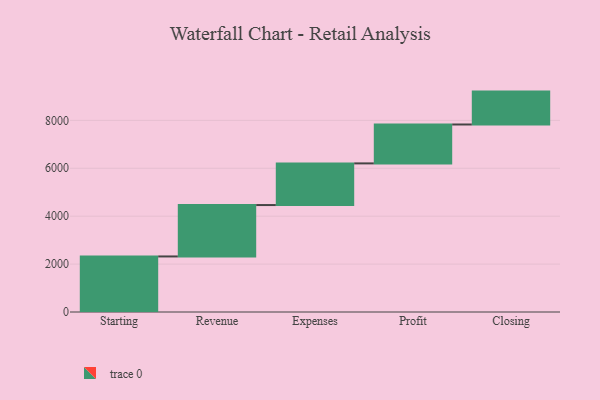
{"axis": {"x": "Step", "y": "Value"}, "legend": [""], "data": [{"x": "Starting", "y": 2319.0, "type": ""}, {"x": "Revenue", "y": 2146.0, "type": ""}, {"x": "Expenses", "y": 1739.0, "type": ""}, {"x": "Profit", "y": 1624.0, "type": ""}, {"x": "Closing", "y": 1373.0, "type": ""}]}